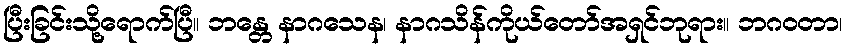
ပြီးခြင်းသို့ရောက်ပြီ။ ဘန္တေ နာဂသေန၊ နာဂသိန်ကိုယ်တော်အရှင်ဘုရား။ ဘဂဝတာ၊